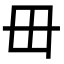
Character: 毌